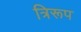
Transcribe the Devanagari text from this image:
त्रिरूप